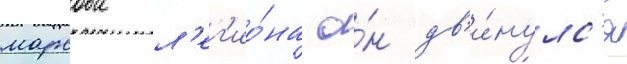
марсова л'ег'ио́на о́н дв'и́нулс'я